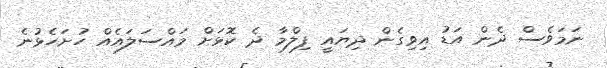
ނަމަވެސް ދެން އަޑު އިވިގެން ދިޔައީ ފިލްމާ ދެ ކޮޅަށް މައްސަލައެއް ހުށަހެޅުނެ